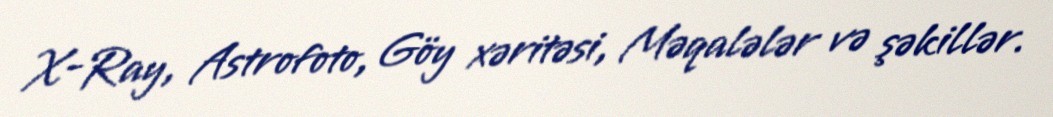
X-Ray, Astrofoto, Göy xəritəsi, Məqalələr və şəkillər.